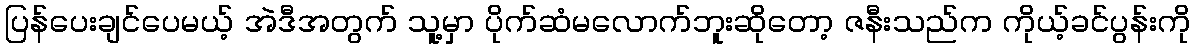
ပြန်ပေးချင်ပေမယ့် အဲဒီအတွက် သူ့မှာ ပိုက်ဆံမလောက်ဘူးဆိုတော့ ဇနီးသည်က ကိုယ့်ခင်ပွန်းကို